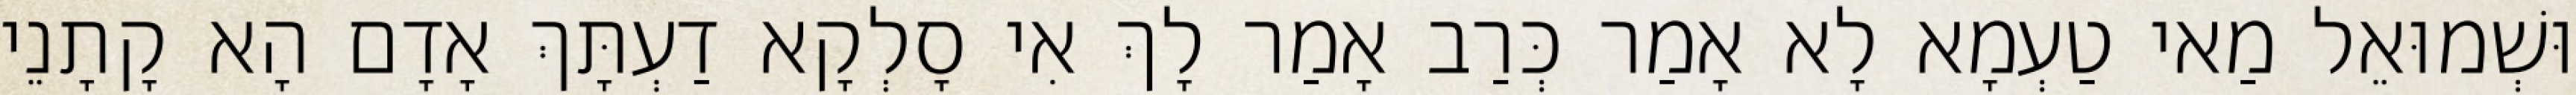
וּשְׁמוּאֵל מַאי טַעְמָא לָא אָמַר כְּרַב אָמַר לָךְ אִי סָלְקָא דַעְתָּךְ אָדָם הָא קָתָנֵי